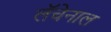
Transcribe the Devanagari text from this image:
लॅचेनाल